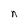
Character: n